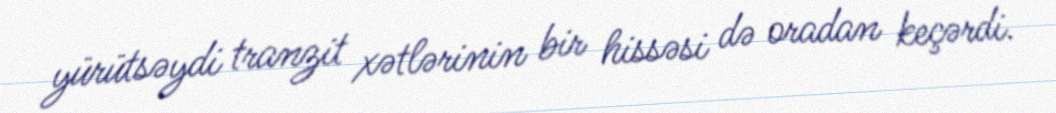
yürütsəydi tranzit xətlərinin bir hissəsi də oradan keçərdi.